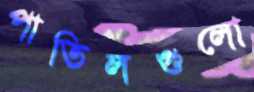
পাতিলগুলো